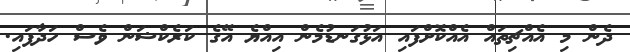
ދެން މި އެއްޗިތައް އެއްކޮށްފައި އަޅުގަނޑުމެން އިއްޔެ އޭގެ ކަރެކްޝަން ވެސް ހަދާފައި.